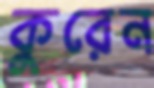
কুরেন